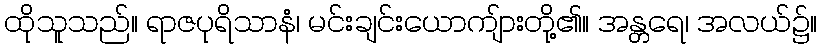
ထိုသူသည်။ ရာဇပုရိသာနံ၊ မင်းချင်းယောကျ်ားတို့၏။ အန္တရေ၊ အလယ်၌။